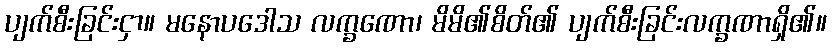
ပျက်စီးခြင်းငှာ။ မနောပဒေါသ လက္ခဏော၊ မိမိ၏စိတ်၏ ပျက်စီးခြင်းလက္ခဏာရှိ၏။